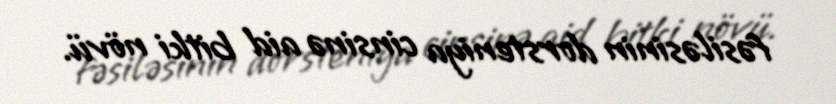
fəsiləsinin dorsteniya cinsinə aid bitki növü.